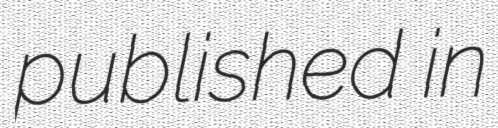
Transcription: published in